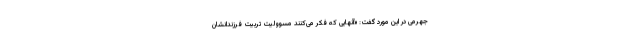
جهرمی در این مورد گفت: «آنهایی که فکر می‌کنند مسوولیت تربیت فرزندانشان